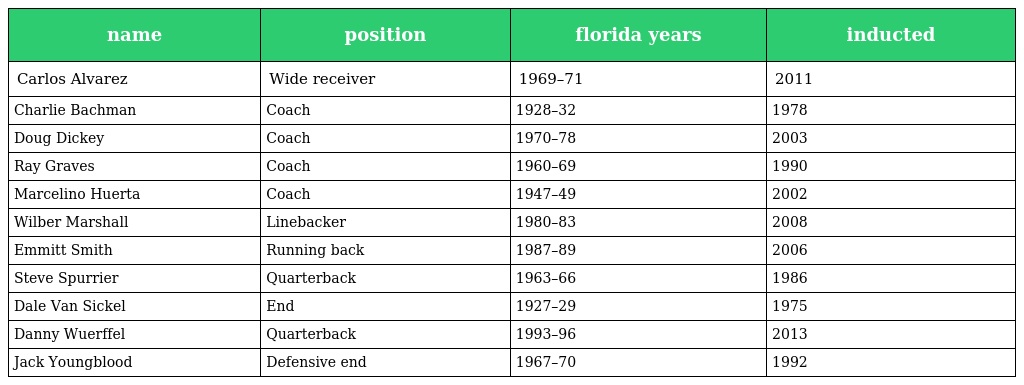
| name | position | florida years | inducted |
 | --- | --- | --- | --- |
 | Carlos Alvarez | Wide receiver | 1969–71 | 2011 |
 | Charlie Bachman | Coach | 1928–32 | 1978 |
 | Doug Dickey | Coach | 1970–78 | 2003 |
 | Ray Graves | Coach | 1960–69 | 1990 |
 | Marcelino Huerta | Coach | 1947–49 | 2002 |
 | Wilber Marshall | Linebacker | 1980–83 | 2008 |
 | Emmitt Smith | Running back | 1987–89 | 2006 |
 | Steve Spurrier | Quarterback | 1963–66 | 1986 |
 | Dale Van Sickel | End | 1927–29 | 1975 |
 | Danny Wuerffel | Quarterback | 1993–96 | 2013 |
 | Jack Youngblood | Defensive end | 1967–70 | 1992 |